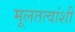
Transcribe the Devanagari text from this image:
मूलतत्वांशी